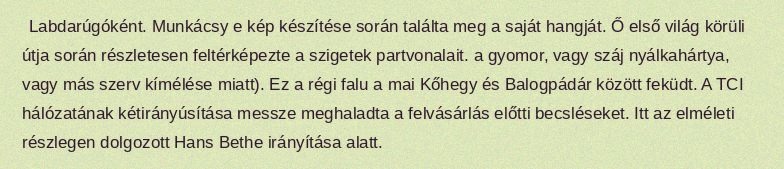
Labdarúgóként. Munkácsy e kép készítése során találta meg a saját hangját. Ő első világ körüli útja során részletesen feltérképezte a szigetek partvonalait. a gyomor, vagy száj nyálkahártya, vagy más szerv kímélése miatt). Ez a régi falu a mai Kőhegy és Balogpádár között feküdt. A TCI hálózatának kétirányúsítása messze meghaladta a felvásárlás előtti becsléseket. Itt az elméleti részlegen dolgozott Hans Bethe irányítása alatt.